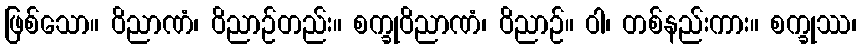
ဖြစ်သော။ ဝိညာဏံ၊ ဝိညာဉ်တည်း။ စက္ခုဝိညာဏံ၊ ဝိညာဉ်။ ဝါ၊ တစ်နည်းကား။ စက္ခုဿ၊